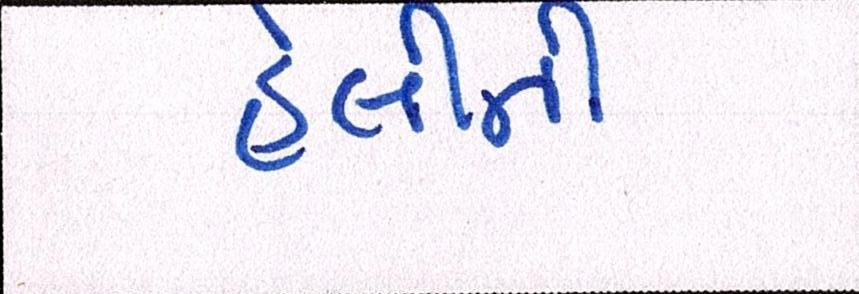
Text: હેલીની